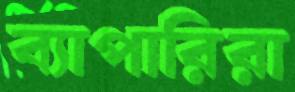
ব্যাপারিরা